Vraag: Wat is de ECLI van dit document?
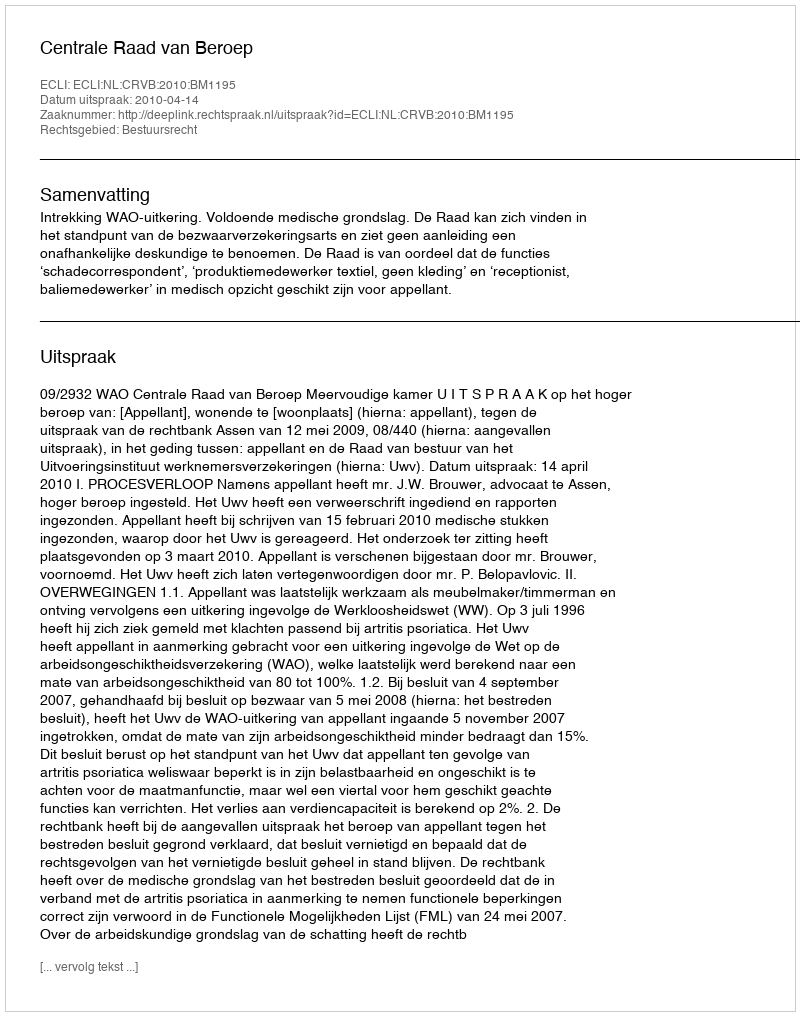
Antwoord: ECLI:NL:CRVB:2010:BM1195